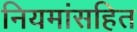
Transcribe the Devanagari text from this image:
नियमांसहित